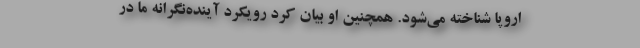
اروپا شناخته می‌شود. همچنین او بیان کرد رویکرد آینده‌نگرانه ما در